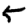
Digit: 5